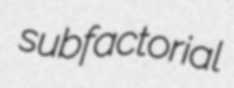
subfactorial